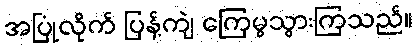
အပြုံလိုက် ပြန့်ကျဲ ကြေမွသွားကြသည်။